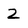
Character: 2